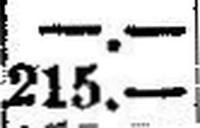
215.—